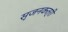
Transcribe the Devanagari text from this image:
सृजनकत्री